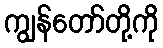
ကျွန်တော်တို့ကို